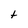
Character: t